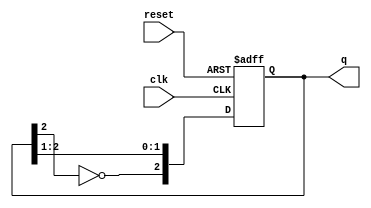
module modified_johnson_counter #(parameter n = 3) (
    input wire clk,          // Clock input
    input wire reset,        // Asynchronous reset
    output reg [n-1:0] q     // Output state
);

// Always block triggered on the rising edge of the clock or reset
always @(posedge clk or posedge reset) begin
    if (reset) begin
        q <= 0;  // Asynchronous reset to zero
    end else begin
        // Modified Johnson Counter logic
        q <= {~q[n-1], q[n-1:n-2]}; // Shift the MSB and feedback the inverted MSB
    end
end

endmodule